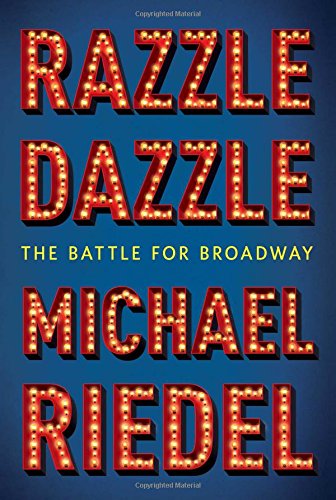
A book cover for Razzle Dazzle: The Battle for Broadway; Michael Riedel; Humor & Entertainment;